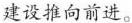
建设推向前进。